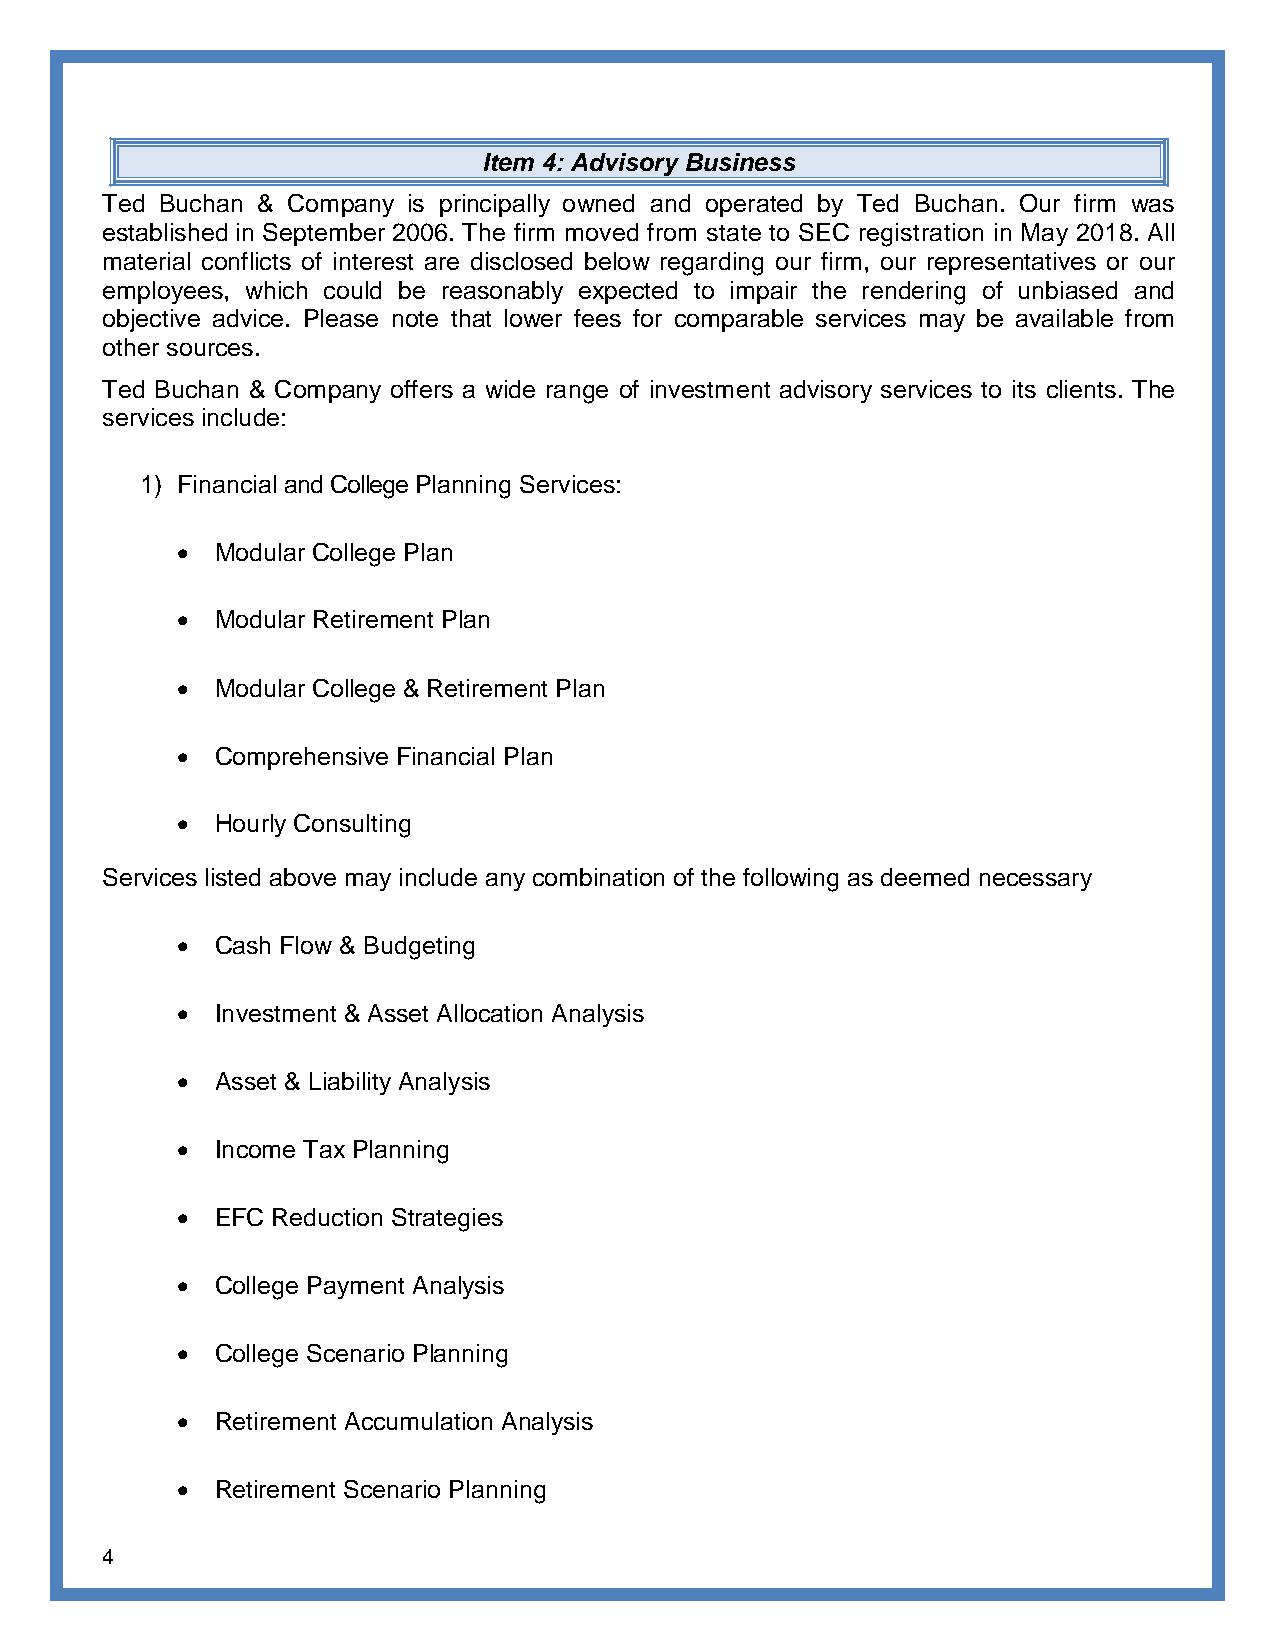
Item 4: Advisory Business
 Ted Buchan & Company is principally owned and operated by Ted Buchan. Our firm was
 established in September 2006. The firm moved from state to SEC registration in May 2018. All
 material conflicts of interest are disclosed below regarding our firm, our representatives or our
 employees, which could be reasonably expected to impair the rendering of unbiased and
 objective advice. Please note that lower fees for comparable services may be available from
 other sources.
 Ted Buchan & Company offers a wide range of investment advisory services to its clients. The
 services include:
 1) Financial and College Planning Services:
  Modular College Plan
  Modular Retirement Plan
  Modular College & Retirement Plan
  Comprehensive Financial Plan
  Hourly Consulting
 Services listed above may include any combination of the following as deemed necessary
  Cash Flow & Budgeting
  Investment & Asset Allocation Analysis
  Asset & Liability Analysis
  Income Tax Planning
  EFC Reduction Strategies
  College Payment Analysis
  College Scenario Planning
  Retirement Accumulation Analysis
  Retirement Scenario Planning
 4